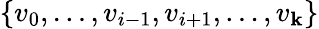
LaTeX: \left\{ v_{0},\dots,v_{i-1},v_{i+1},\dots,v_{\mathbf{k}}\right\}